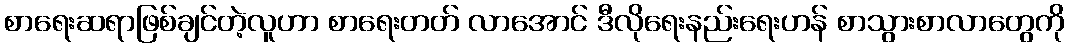
စာရေးဆရာဖြစ်ချင်တဲ့လူဟာ စာရေးတတ် လာအောင် ဒီလိုရေးနည်းရေးဟန် စာသွားစာလာတွေကို